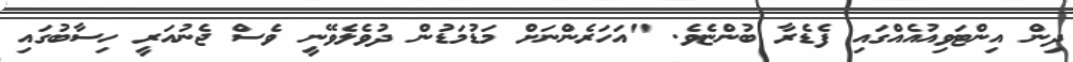
ދިން އިންޓަވިއުއެއްގައި ފެޑެރާ ބުންޏެވެ. "އަހަރެންނަށް މަޑުމަޑުން ދުވެލެވޭނީ ވެސް ޖެނުއަރީ ހިސާބުގައި